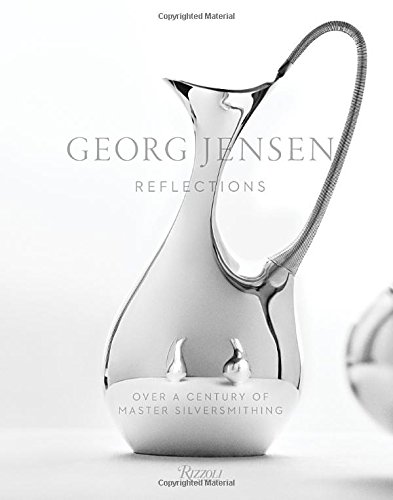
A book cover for Georg Jensen: Reflections; Murray Moss; Crafts, Hobbies & Home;